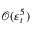
\mathcal { O } ( \varepsilon _ { t } ^ { 5 } )